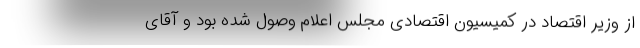
از وزیر اقتصاد در کمیسیون اقتصادی مجلس اعلام وصول شده بود و آقای